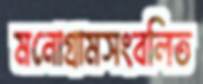
মনোগ্রামসংবলিত